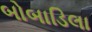
બોબાડિલા